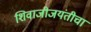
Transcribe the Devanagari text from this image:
शिवाजीजयंतीचा